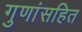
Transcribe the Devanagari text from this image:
गुणांसहित